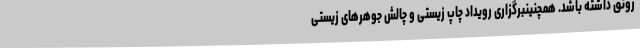
رونق داشته باشد. همچنینبرگزاری رویداد چاپ زیستی و چالش جوهرهای زیستی